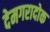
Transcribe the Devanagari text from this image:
देमगरादोक